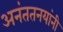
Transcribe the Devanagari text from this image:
अनंततनयांनी